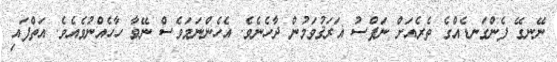
ނޭނގޭ ފެންގަނޑެއްގެ ތެރެއަށް ނަފްސު ޣަރަޤުވަމުން ދާހެނެވެ. އެހެންނަމަވެސް ނޭވާ ހާހެއްނުވެއެވެ. އަތްފައި